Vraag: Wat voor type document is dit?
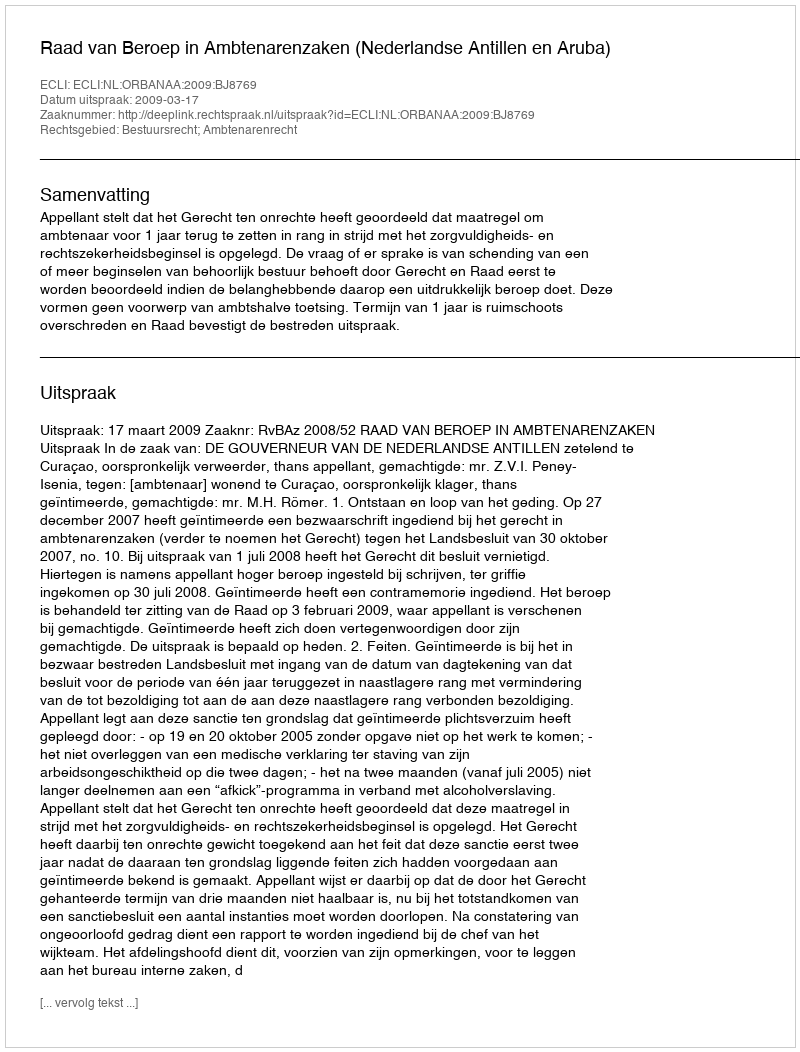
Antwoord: Uitspraak